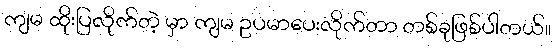
ကျမ ထိုးပြလိုက်တဲ့ မှာ ကျမ ဥပမာပေးလိုက်တာ တစ်ခုဖြစ်ပါတယ်။